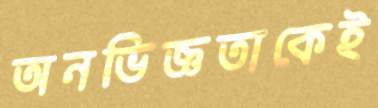
অনভিজ্ঞতাকেই